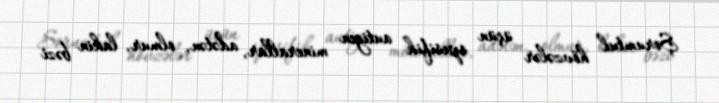
Şorumtul hövzələr üçün spesifik autigen minerallar, adətən, olmur, lakin bəzi